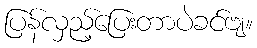
ပြန်လှည့်ပြေးတာပဲခင်ဗျ။